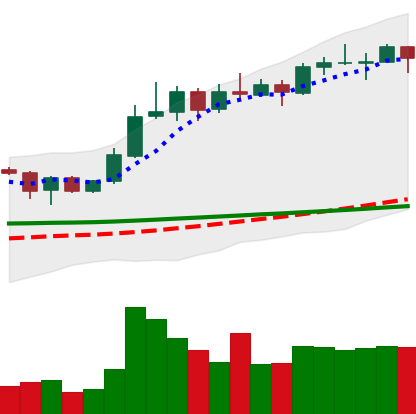
Ticker: ADA-USD
Chart end date: 2020-02-10
Forward return: 5.744%
Label: up_5_7